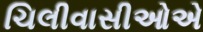
ચિલીવાસીઓએ